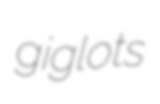
giglots